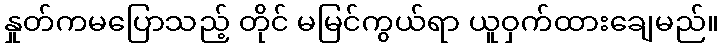
နှုတ်ကမပြောသည့် တိုင် မမြင်ကွယ်ရာ ယူဝှက်ထားချေမည်။